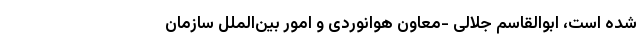
شده است، ابوالقاسم جلالی -معاون هوانوردی و امور بین‌الملل سازمان